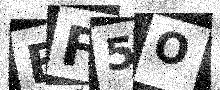
Text: BF5O